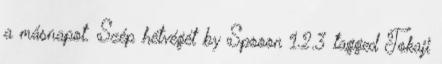
a másnapot. Szép hétvégét by Spooon 1.2.3 tagged Tokaji